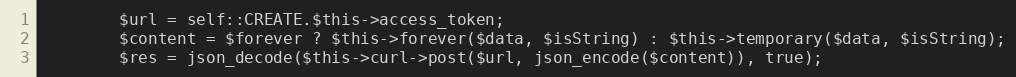
Language: PHP
        $url = self::CREATE.$this->access_token;
        $content = $forever ? $this->forever($data, $isString) : $this->temporary($data, $isString);
        $res = json_decode($this->curl->post($url, json_encode($content)), true);